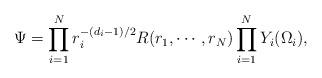
LaTeX: \begin{align*} \Psi=\prod_{i=1}^{N}r_i^{-(d_i-1)/2}R(r_1,\cdots,r_N)\prod_{i=1}^{N}Y_i(\Omega_i),\end{align*}